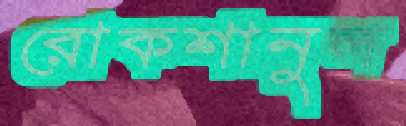
রোকশানুল